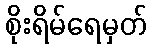
စိုးရိမ်ရေမှတ်